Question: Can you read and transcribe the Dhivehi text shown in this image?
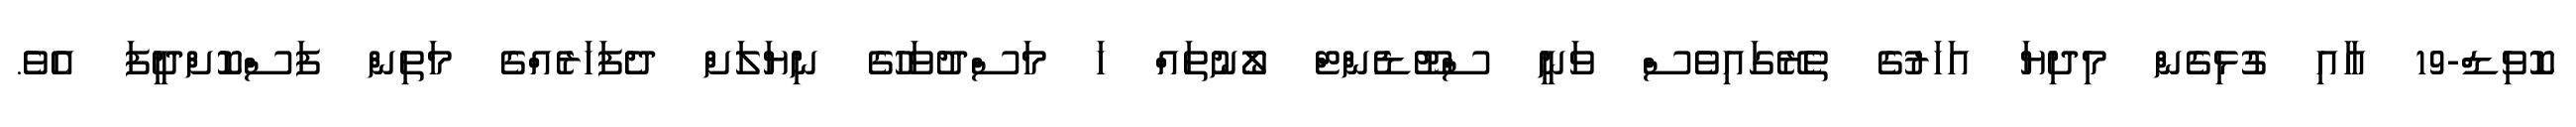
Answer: ކޮވިޑް-19 އާއި ގުޅިގެން މިދިޔަ އަހަރުގެ ތެރޭގައިވެސް ވަނީ ސްޓޫޑެންޓް ލޯނުތައް ހަ މަސްދުވަހުގެ ނިޔަލަށް ދެފަހަރެއްގެ މަތިން ފަސްކޮށްދީފަ އެވެ.